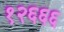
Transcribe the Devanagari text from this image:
१२६६६